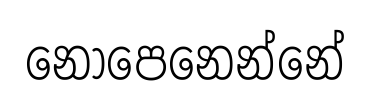
නොපෙනෙන්නේ